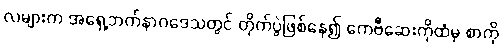
လများက အရှေ့ဘက်နာဂဒေသတွင် တိုက်ပွဲဖြစ်နေ၍ ကေဗီဆေးကိုထံမှ စာကို